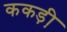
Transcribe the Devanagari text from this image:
ककड़ी़